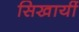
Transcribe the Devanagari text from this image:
सिखायीं